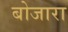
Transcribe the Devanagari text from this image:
बोजारा